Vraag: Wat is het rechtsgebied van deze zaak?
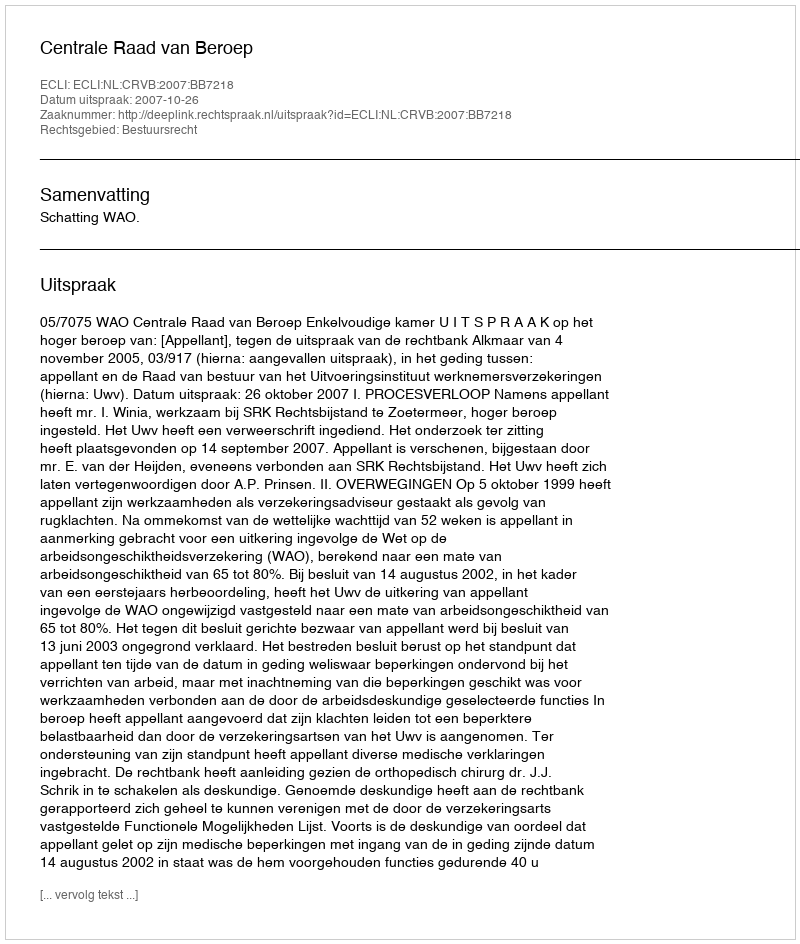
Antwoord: Bestuursrecht